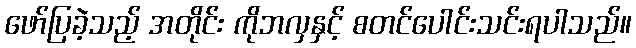
ဖော်ပြခဲ့သည့် အတိုင်း ကိုဘလှနှင့် စတင်ပေါင်းသင်းရပါသည်။